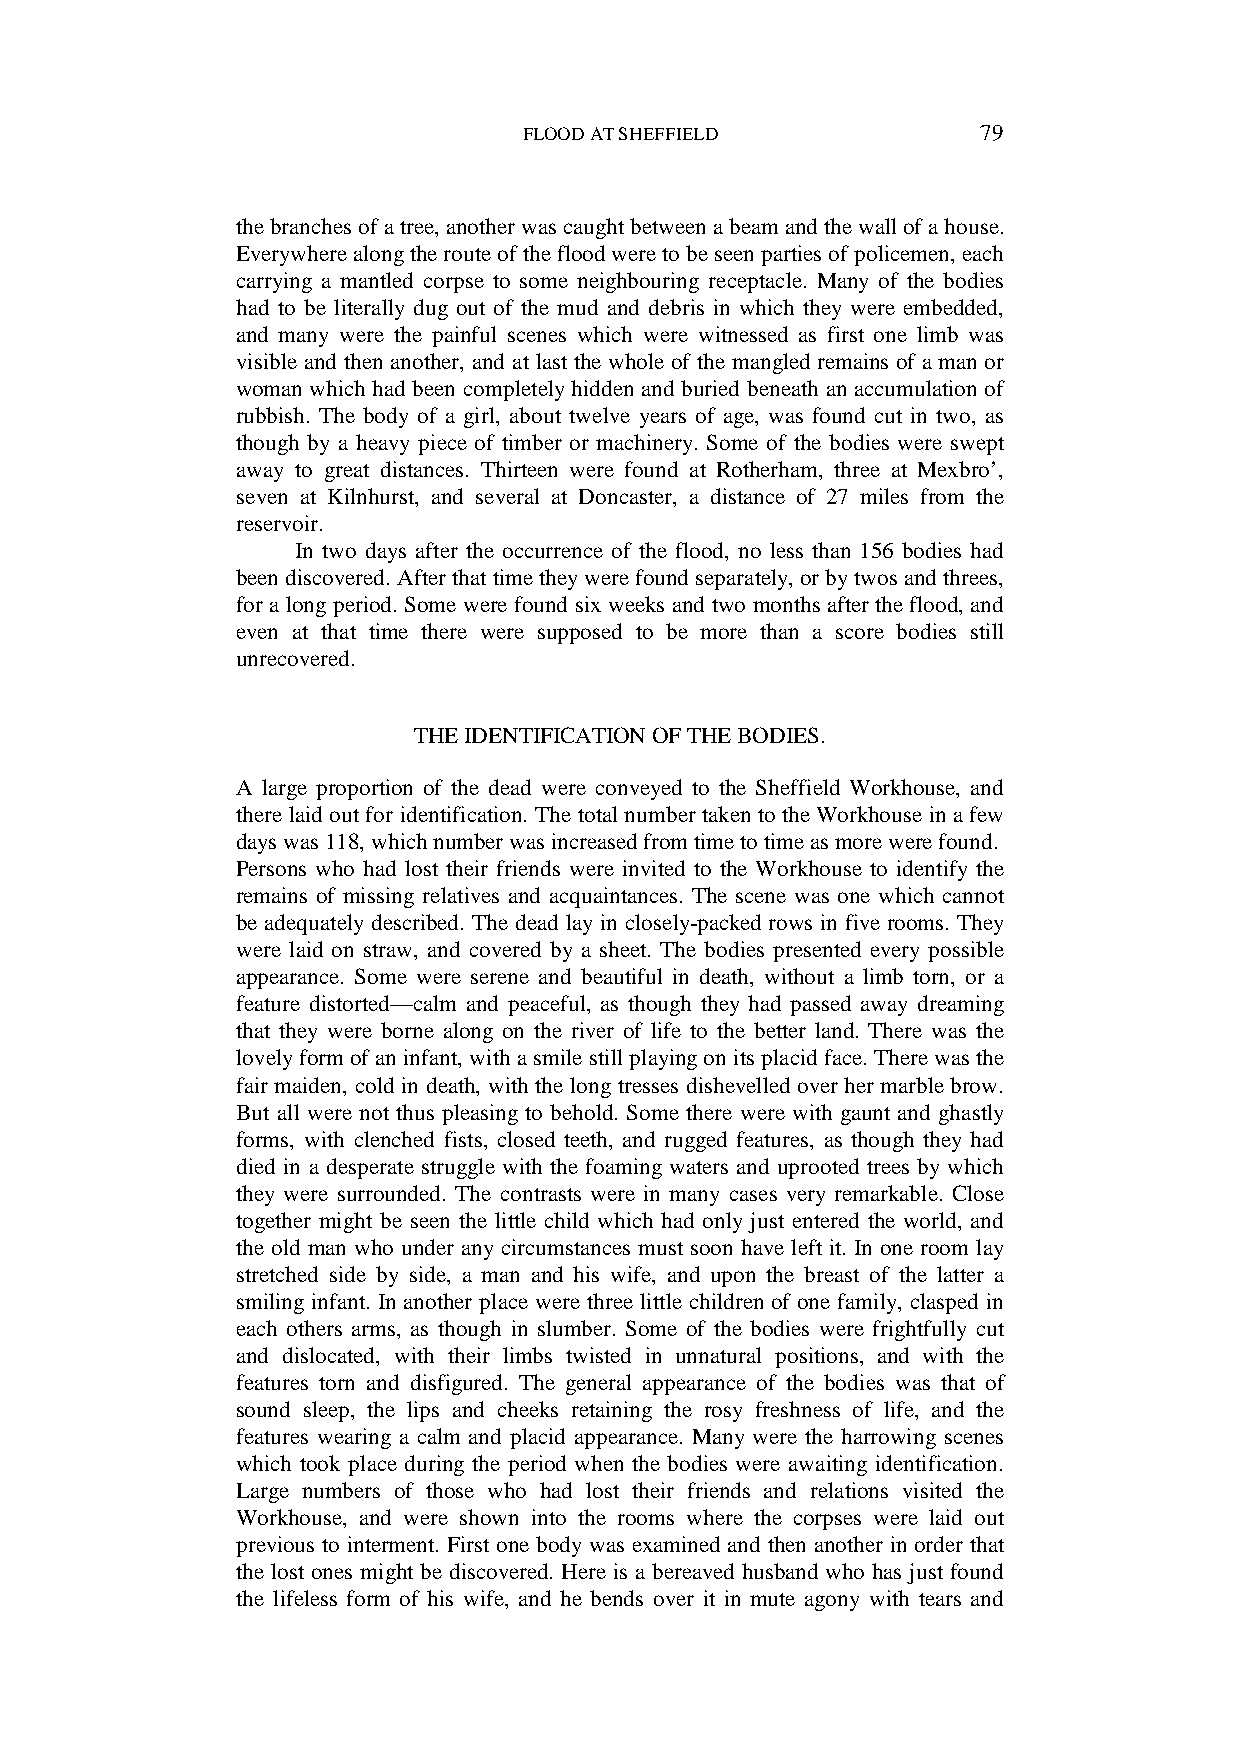
FLOOD AT SHEFFIELD            79
 the branches of a tree, another was caught between a beam and the wall of a house.
 Everywhere along the route of the flood were to be seen parties of policemen, each
 carrying a mantled corpse to some neighbouring receptacle. Many of the bodies
 had to be literally dug out of the mud and debris in which they were embedded,
 and many were the painful scenes which were witnessed as first one limb was
 visible and then another, and at last the whole of the mangled remains of a man or
 woman which had been completely hidden and buried beneath an accumulation of
 rubbish. The body of a girl, about twelve years of age, was found cut in two, as
 though by a heavy piece of timber or machinery. Some of the bodies were swept
 away to great distances. Thirteen were found at Rotherham, three at Mexbro’,
 seven at Kilnhurst, and several at Doncaster, a distance of 27 miles from the
 reservoir.
 In two days after the occurrence of the flood, no less than 156 bodies had
 been discovered. After that time they were found separately, or by twos and threes,
 for a long period. Some were found six weeks and two months after the flood, and
 even at that time there were supposed to be more than a score bodies still
 unrecovered.
 THE IDENTIFICATION OF THE BODIES.
 A large proportion of the dead were conveyed to the Sheffield Workhouse, and
 there laid out for identification. The total number taken to the Workhouse in a few
 days was 118, which number was increased from time to time as more were found.
 Persons who had lost their friends were invited to the Workhouse to identify the
 remains of missing relatives and acquaintances. The scene was one which cannot
 be adequately described. The dead lay in closely-packed rows in five rooms. They
 were laid on straw, and covered by a sheet. The bodies presented every possible
 appearance. Some were serene and beautiful in death, without a limb torn, or a
 feature distorted—calm and peaceful, as though they had passed away dreaming
 that they were borne along on the river of life to the better land. There was the
 lovely form of an infant, with a smile still playing on its placid face. There was the
 fair maiden, cold in death, with the long tresses dishevelled over her marble brow.
 But all were not thus pleasing to behold. Some there were with gaunt and ghastly
 forms, with clenched fists, closed teeth, and rugged features, as though they had
 died in a desperate struggle with the foaming waters and uprooted trees by which
 they were surrounded. The contrasts were in many cases very remarkable. Close
 together might be seen the little child which had only just entered the world, and
 the old man who under any circumstances must soon have left it. In one room lay
 stretched side by side, a man and his wife, and upon the breast of the latter a
 smiling infant. In another place were three little children of one family, clasped in
 each others arms, as though in slumber. Some of the bodies were frightfully cut
 and dislocated, with their limbs twisted in unnatural positions, and with the
 features torn and disfigured. The general appearance of the bodies was that of
 sound sleep, the lips and cheeks retaining the rosy freshness of life, and the
 features wearing a calm and placid appearance. Many were the harrowing scenes
 which took place during the period when the bodies were awaiting identification.
 Large numbers of those who had lost their friends and relations visited the
 Workhouse, and were shown into the rooms where the corpses were laid out
 previous to interment. First one body was examined and then another in order that
 the lost ones might be discovered. Here is a bereaved husband who has just found
 the lifeless form of his wife, and he bends over it in mute agony with tears and